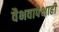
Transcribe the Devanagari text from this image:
वैभवापेक्षाही